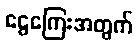
ငွေကြေးအတွက်